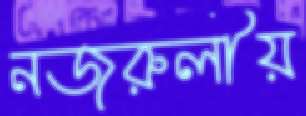
নজরুলীয়